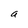
Character: a